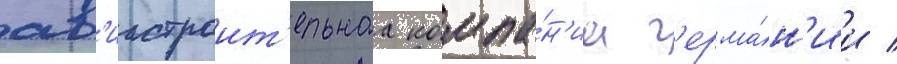
ав'иастроит'ельнаа компа́н'иа г'ерма́н'ии /